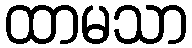
ထာမသာ